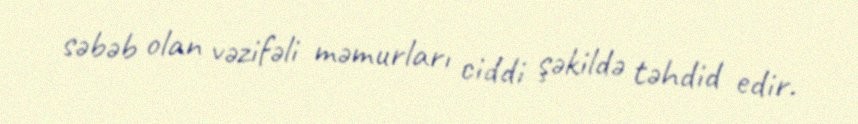
səbəb olan vəzifəli məmurları ciddi şəkildə təhdid edir.